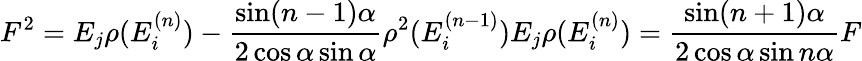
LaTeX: F^{2}=E_{j}\rho(E_{i}^{(n)})-\frac{\sin(n-1)\alpha}{2\cos\alpha\sin\alpha}\rho^{2}(E_{i}^{(n-1)})E_{j}\rho(E_{i}^{(n)})=\frac{\sin(n+1)\alpha}{2\cos\alpha\sin n\alpha}F